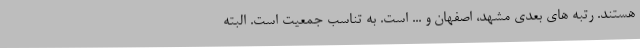
هستند. رتبه های بعدی مشهد، اصفهان و ... است. به تناسب جمعیت است. البته